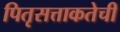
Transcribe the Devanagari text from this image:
पितृसत्ताकतेची